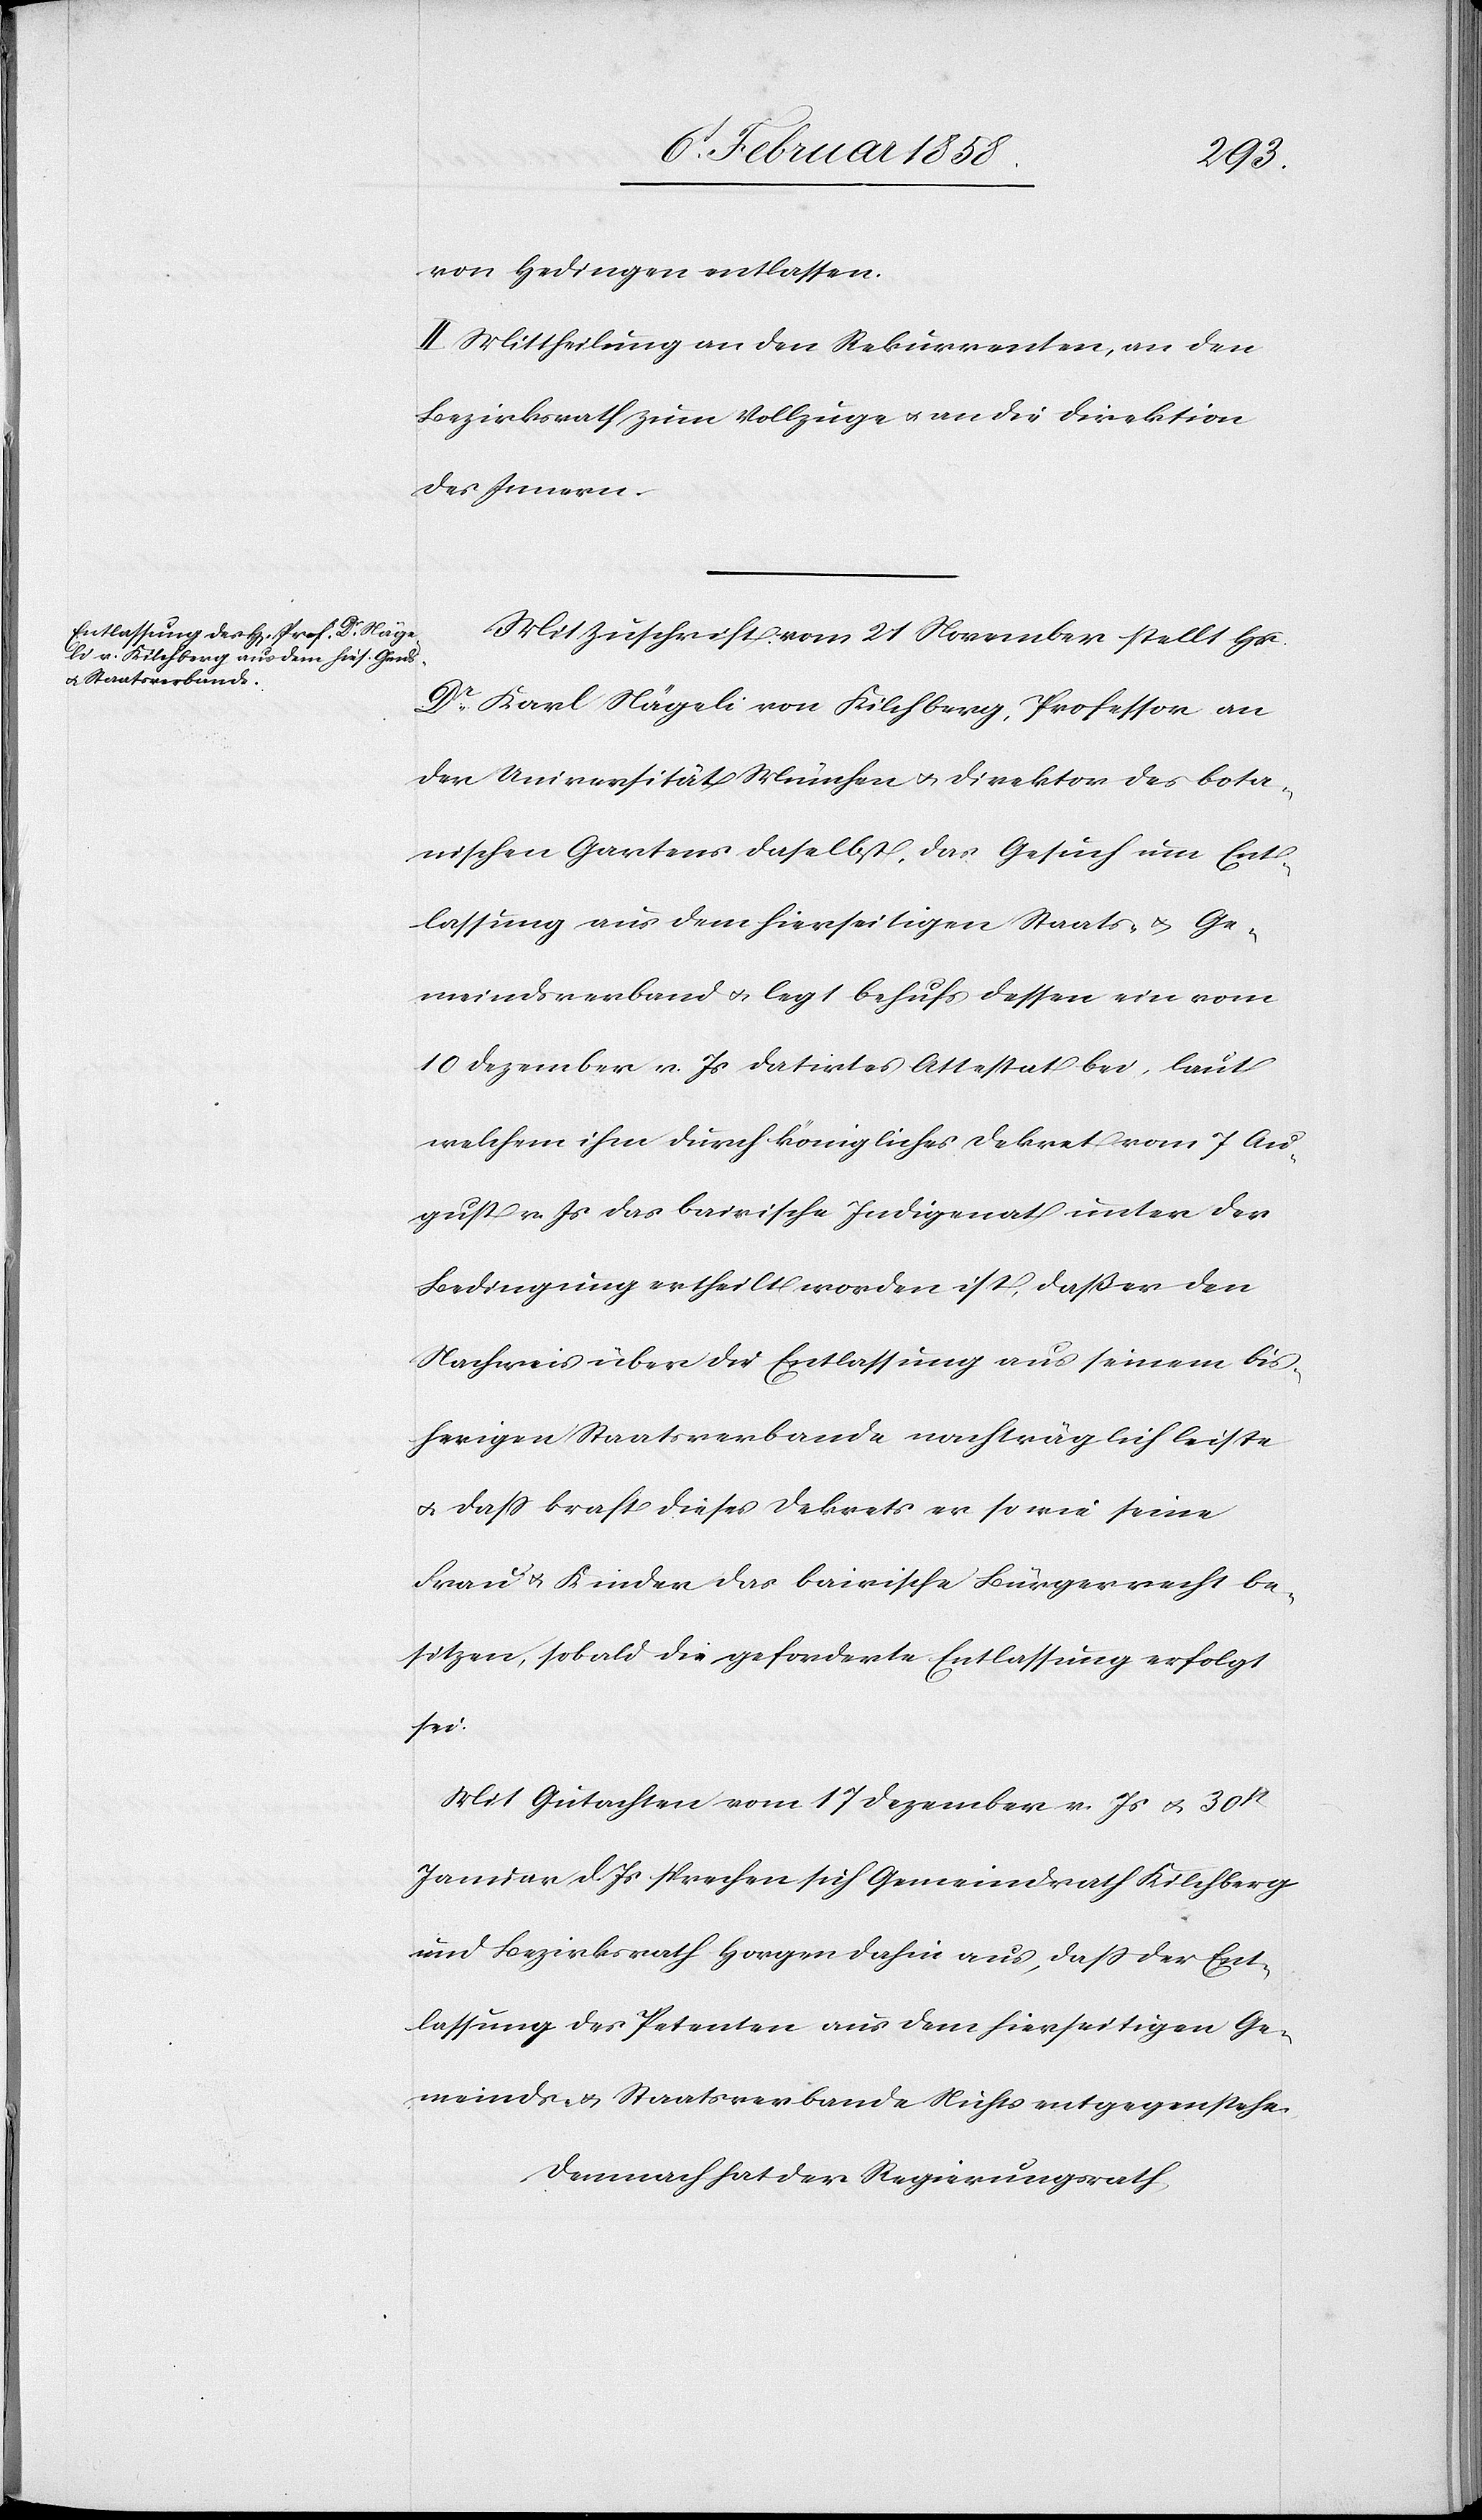
von Hedingen entlassen.
II. Mittheilung an den Rekurrenten, an den
Bezirksrath zum Vollzuge u. an die Direktion
des Innern.
Mit Zuschrift vom 21 November stellt Hr.
Dr Karl Nägeli von Kilchberg, Professor an
der Universität München u. Direktor des bota¬
nischen Gartens daselbst, das Gesuch um Ent¬
lassung aus dem hierseitigen Staats- u. Ge¬
meindsverband u. legt behufs dessen ein vom
10 Dezember v. Js datirtes Attestat bei, laut
welchem ihm durch königliches Dekret vom 7 Au¬
gust v. Js das bairische Indigenat unter der
Bedingung ertheilt worden ist, daß er den
Nachweis über die Entlassung aus seinem bis¬
herigen Staatsverbande nachträglich leiste
u. daß kraft dieses Dekrets er so wie seine
Frau u. Kinder das bairische Bürgerrecht be¬
sitzen, sobald die geforderte Entlassung erfolgt
sei.
Mit Gutachten vom 17 Dezember v. Js u. 30st
Januar d. Js. sprechen sich Gemeindrath Kilchberg
und Bezirksrath Horgen dahin aus, daß der Ent¬
lassung des Petenten aus dem hierseitigen Ge¬
meinds- u. Staatsverbande Nichts entgegenstehe.
Demnach hat der Regierungsrath